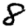
Digit: 8